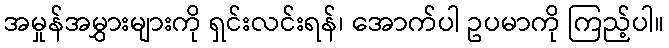
အမှုန်အမွှားများကို ရှင်းလင်းရန်၊ အောက်ပါ ဥပမာကို ကြည့်ပါ။